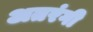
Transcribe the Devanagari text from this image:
अतरंगी